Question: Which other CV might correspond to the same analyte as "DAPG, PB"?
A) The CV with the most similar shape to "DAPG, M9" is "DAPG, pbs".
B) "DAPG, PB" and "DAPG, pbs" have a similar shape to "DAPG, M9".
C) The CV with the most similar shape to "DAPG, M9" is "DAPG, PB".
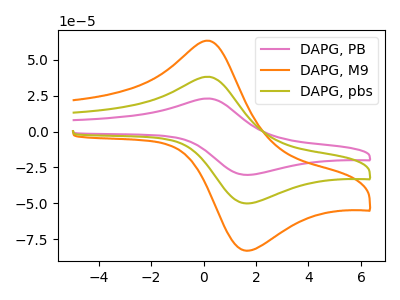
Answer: <think>The pink curve "DAPG, PB" has an anodic peak at (0.20V, 76.30uA) and a cathodic peak at (1.65V, -100.20uA). The orange curve "DAPG, M9" has an anodic peak at (0.20V, 63.25uA) and a cathodic peak at (1.65V, -83.05uA). The olive curve "DAPG, pbs" has an anodic peak at (0.20V, 38.15uA) and a cathodic peak at (1.65V, -50.10uA).
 All the peaks in "DAPG, PB" have a peak in "DAPG, M9" at the same potential. Every peak in "DAPG, PB" is higher than every peak in "DAPG, M9". All the peaks in "DAPG, PB" have a peak in "DAPG, pbs" at the same potential. Every peak in "DAPG, PB" is higher than every peak in "DAPG, pbs". All the peaks in "DAPG, M9" have a peak in "DAPG, pbs" at the same potential. Every peak in "DAPG, M9" is higher than every peak in "DAPG, pbs".</think>
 <answer>B) "DAPG, PB" and "DAPG, pbs" have a similar shape to "DAPG, M9".</answer>
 <eval>B</eval>